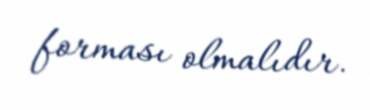
forması olmalıdır.